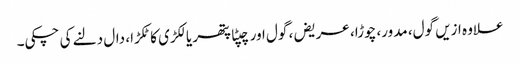
علاوہ ازیں گول، مدور، چوڑا، عریض، گول اور چپٹا پتھر یا لکڑی کا ٹکڑا، دال دلنے کی چکی۔